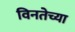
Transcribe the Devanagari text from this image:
विनतेच्या